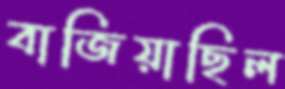
বাজিয়াছিল